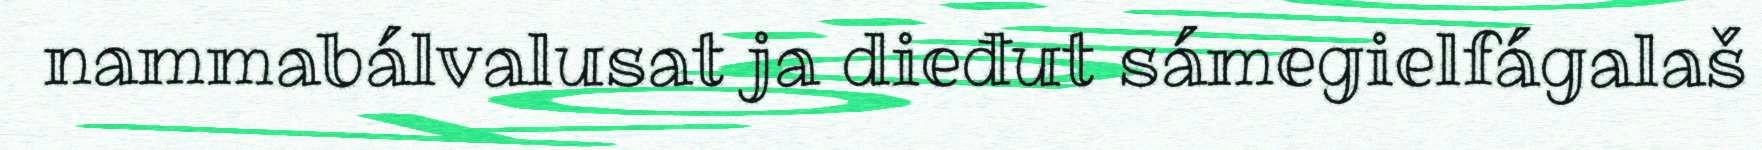
nammabálvalusat ja dieđut sámegielfágalaš